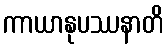
ကာယာနုပဿနာတိ